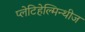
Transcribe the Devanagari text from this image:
प्लेटिहेल्मिन्थीज